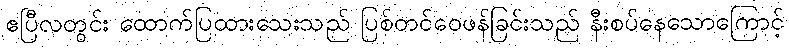
ဧပြီလတွင်း ထောက်ပြထားသေးသည် ပြစ်တင်ဝေဖန်ခြင်းသည် နီးစပ်နေသောကြောင့်